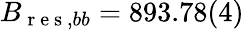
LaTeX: B_{\mathrm{~r~e~s~},bb}=893.78(4)